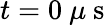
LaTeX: t=0~\mu\mathrm{~s~}